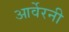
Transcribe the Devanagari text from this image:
आर्वेरनी